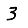
Digit: 3